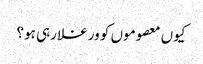
کیوں معصوموں کو ورغلا رہی ہو؟